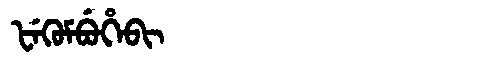
Manchu: ᡶᡝᡴᡠᠮᠪᡠᡥᡝᠪᡳ
Romanization: FEKUMBUHEBI